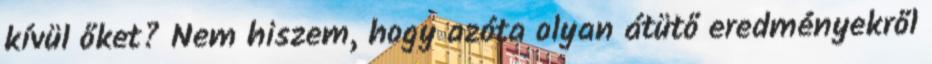
kívül őket? Nem hiszem, hogy azóta olyan átütő eredményekről